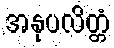
အနုပလိတ္တံ